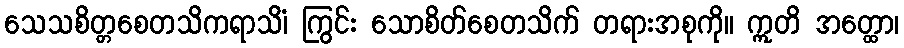
သေသစိတ္တစေတသိကရာသိံ၊ ကြွင်း သောစိတ်စေတသိက် တရားအစုကို။ ဣတိ အတ္ထော၊